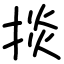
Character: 掞